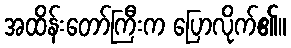
အထိန်းတော်ကြီးက ပြောလိုက်၏။